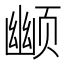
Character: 𬱮